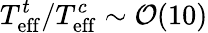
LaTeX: T_{\mathrm{eff}}^{t}/T_{\mathrm{eff}}^{c}\sim\mathcal{O}(10)